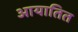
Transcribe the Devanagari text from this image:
आयातित